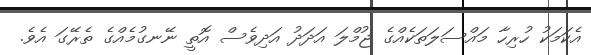
އެކަމަކު ހުރިހާ މައްސަލަތަކެއްގެ ޖުމްލަ އަދަދު އަދިވެސް އޮތީ ނޭނގުމެއްގެ ތެރޭގަ އެވެ.